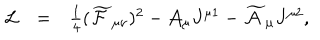
\begin{array} { l l l } { { \mathcal { L } } } & { { = } } & { { \frac { 1 } { 4 } ( \widetilde { \mathcal { F } } _ { \mu \nu } ) ^ { 2 } - \mathcal { A } _ { \mu } J ^ { \mu 1 } - \widetilde { \mathcal { A } } _ { \mu } J ^ { \mu 2 } , } } \\ \end{array}